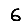
Digit: 6